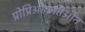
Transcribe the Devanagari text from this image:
प्रोप्रिओकेप्तिओन